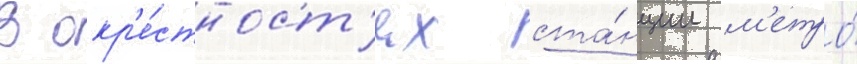
В окр'е́стност'ях ста́нции м'етро́